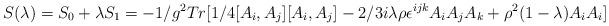
LaTeX: \begin{align*}S(\lambda) = S_0 + \lambda S_1 = - 1/g^2 Tr [1/4 [ A_i, A_j ] [ A_i, A_j ] - 2/3 i \lambda \rho \epsilon^{ijk}A_i A_j A_k + \rho^2 ( 1- \lambda ) A_i A_i]\end{align*}